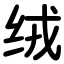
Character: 绒